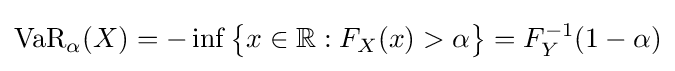
\operatorname {VaR} _{\alpha }(X)=-\inf {\big \{}x\in \mathbb {R} :F_{X}(x)>\alpha {\big \}}=F_{Y}^{-1}(1-\alpha )